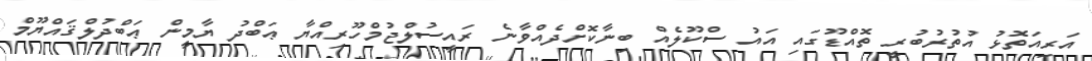
އަރިއަތޮޅު އުތުރުބުރީ ތޮއްޑޫގައި އައު ސްކޫލެއް ބިނާކޮށްދެއްވާނެ ރައީސުލްޖުމްހޫރިއްޔާ ޢަބްދު ޔާމީން ޢަބްދުލްޤައްޔޫމް